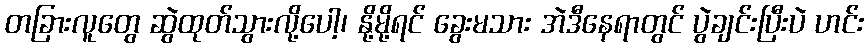
တခြားလူတွေ ဆွဲထုတ်သွားလို့ပေါ့၊ နို့မို့ရင် ခွေးမသား အဲဒီနေရာတွင် ပွဲချင်းပြီးပဲ ဟင်း